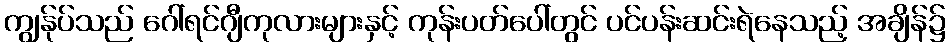
ကျွန်ုပ်သည် ဂေါ်ရင်ဂျီကုလားများနှင့် ကုန်းပတ်ပေါ်တွင် ပင်ပန်းဆင်းရဲနေသည့် အချိန်၌